Leaving Certificate Examination, 1915
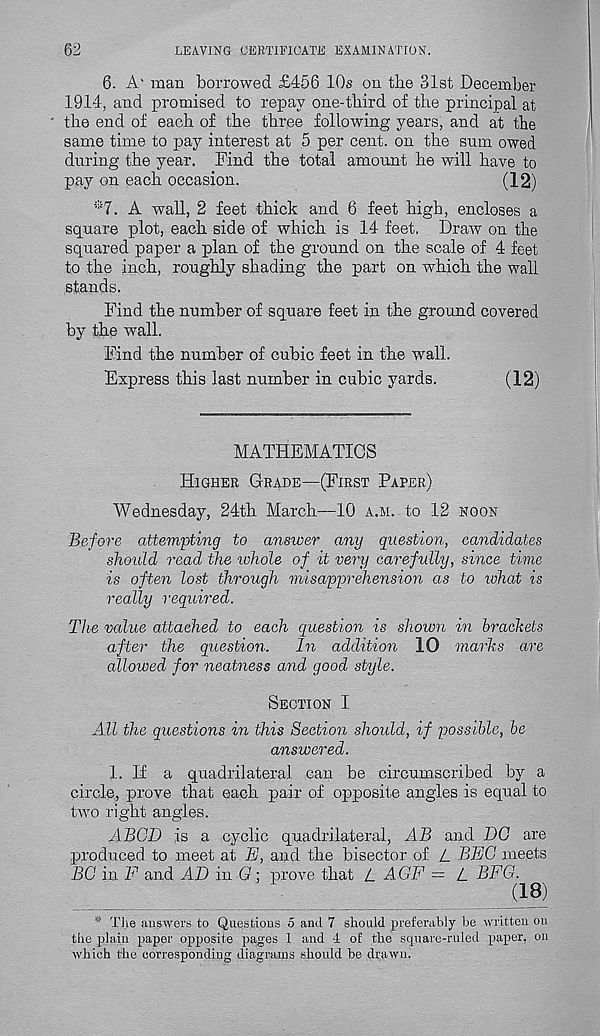
62
LEAVING CERTIFICATE EXAMINATION.
6. A' man borrowed £456 10s on the 31st December
1914, and promised to repay one-third of the principal at
the end of each of the three following years, and at the
same time to pay interest at 5 per cent, on the sum owed
during the year. Find the total amount he will have to
pay on each occasion.
(12)
*7. A wall, 2 feet thick and 6 feet high, encloses a
square plot, each side of which is 14 feet. Draw on the
squared paper a plan of the ground on the scale of 4 feet
to the inch, roughly shading the part on which the wall
stands.
Find the number of square feet in the ground covered
by the wall.
Find the number of cubic feet in the wall.
Express this last number in cubic yards.
(12)
MATHEMATICS
Higher Grade—(First Paper)
Wednesday, 24th March—10 a.m. to 12 noon
Before attempting to answer any question, candidates
should read the whole of it very carefully, since time
is often lost through misapprehension as to what is
really required.
The value attached to each question is shown in brackets
after the question.
In addition 10 marks are
allowed for neatness and good style.
Section I
All the questions in this Section should, if possible, be
answered.
1. If a quadrilateral can be circumscribed by a
circle, prove that each pair of opposite angles is equal to
two right angles.
ABGD is a cyclic quadrilateral, AB and DG are
produced to meet at E, and the bisector of L BEG meets
BG in F and AD in G; prove that L AGE = L BEG.
_
(IB)
* The answers to Questions 5 and 7 should preferably lie written on
the plain paper opposite pages 1 and 4 of the square-ruled paper, on
which the corresponding diagrams should be drawn.